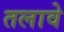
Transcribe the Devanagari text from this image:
तलावे